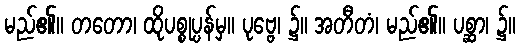
မည်၏။ တတော၊ ထိုပစ္စုပ္ပန်မှ။ ပုဗ္ဗေ၊ ၌။ အတီတံ၊ မည်၏။ ပစ္ဆာ၊ ၌။